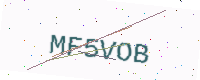
Text: MF5VOB